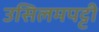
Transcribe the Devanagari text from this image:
उसिलमपट्टी